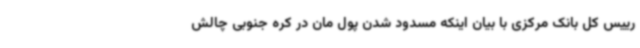
رییس کل بانک مرکزی با بیان اینکه مسدود شدن پول مان در کره جنوبی چالش